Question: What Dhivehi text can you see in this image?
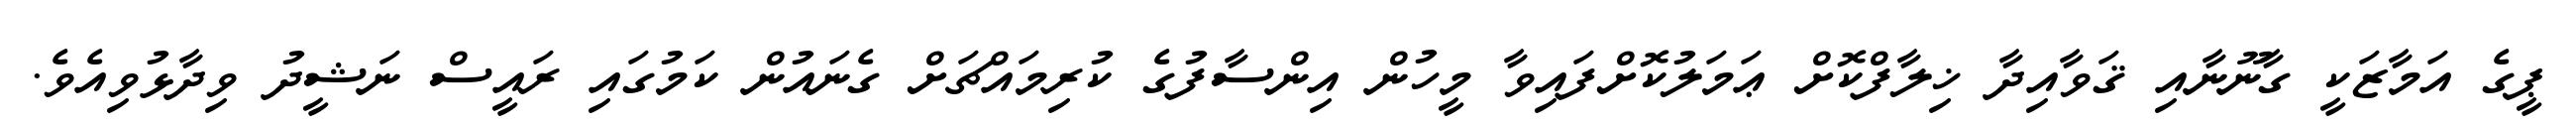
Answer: ޕީގެ އަމާޒަކީ ގާނޫނާއި ޤަވާއިދާ ޚިލާފްކޮށް ޢަމަލުކޮށްފައިވާ މީހުން އިންސާފުގެ ކުރިމައްޗަށް ގެނައުން ކަމުގައި ރައީސް ނަޝީދު ވިދާޅުވިއެވެ.